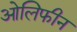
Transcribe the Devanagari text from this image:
ओलिफीन